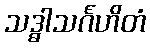
သဒ္ဓါသင်္ဂဟိတံ